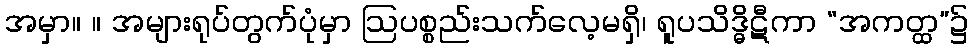
အမှာ။ ။ အများရုပ်တွက်ပုံမှာ ဩပစ္စည်းသက်လေ့မရှိ၊ ရူပသိဒ္ဓိဋီကာ “အကတ္ထ”၌